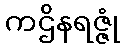
ကဌိနရဇ္ဇုံ